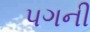
પગની